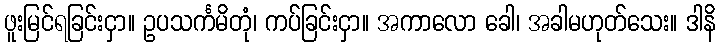
ဖူးမြင်ရခြင်းငှာ။ ဥပသင်္ကမိတုံ၊ ကပ်ခြင်းငှာ။ အကာလော ခေါ၊ အခါမဟုတ်သေး။ ဒါနိ